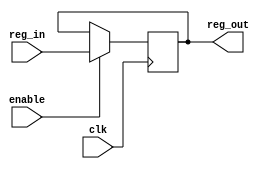
module Register(input clk, enable,
                input [7:0] reg_in,
                output reg [7:0] reg_out);

    always@(posedge clk) begin
        if(enable==1)
            reg_out <= reg_in;
    end

endmodule